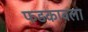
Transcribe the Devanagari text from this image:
फडकावला